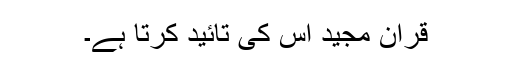
قرآن مجید اس کی تائید کرتا ہے۔